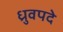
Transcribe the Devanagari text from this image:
ध्रुवपदे